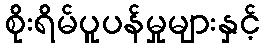
စိုးရိမ်ပူပန်မှုများနှင့်